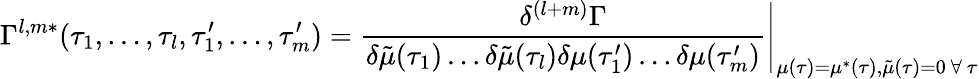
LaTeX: \Gamma^{l,m*}(\tau_{1},\dots,\tau_{l},\tau_{1}^{\prime},\dots,\tau_{m}^{\prime})=\frac{\delta^{(l+m)}\Gamma}{\delta\tilde{\mu}(\tau_{1})\dots\delta\tilde{\mu}(\tau_{l})\delta{\mu}(\tau_{1}^{\prime})\dots\delta{\mu}(\tau_{m}^{\prime})}\Bigg|_{\mu(\tau)=\mu^{*}(\tau),\tilde{\mu}(\tau)=0\mathrm{~}\forall\mathrm{~}\tau}